Civil Veterinary Department. Central Provinces & Berar 1932-41 - 1932-1941
Year: 1932
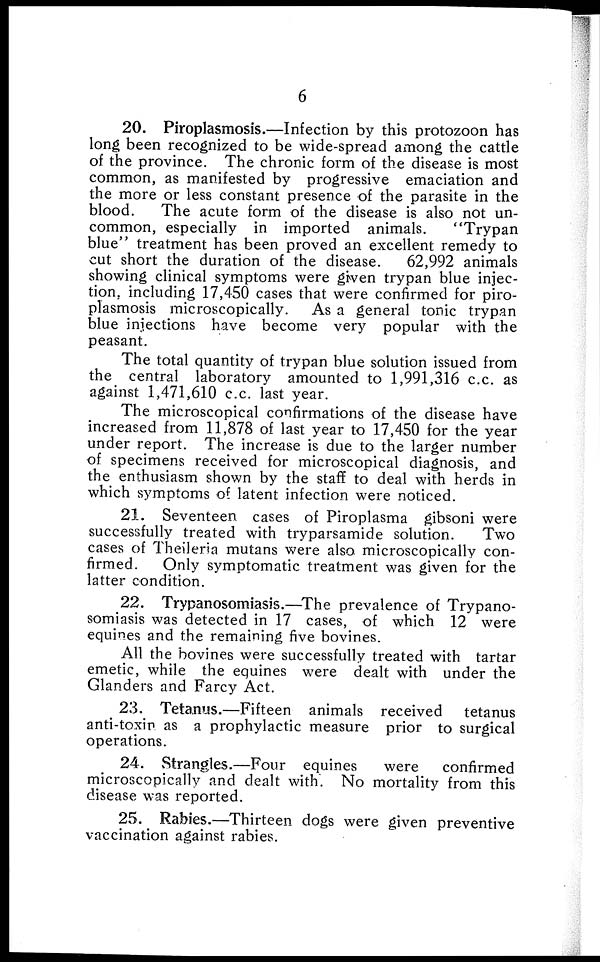
6
20. Piroplasmosis.—Infection by this protozoon has
long been recognized to be wide-spread among the cattle
of the province. The chronic form of the disease is most
common, as manifested by progressive emaciation and
the more or less constant presence of the parasite in the
blood.
The acute form of the disease is also not un-
common, especially in imported animals.
"Trypan
blue" treatment has been proved an excellent remedy to
cut short the duration of the disease.
62,992 animals
showing clinical symptoms were given trypan blue injec-
tion, including 17,450 cases that were confirmed for piro-
plasmosis microscopically. As a general tonic trypan
blue injections have become very popular with the
peasant.
The total quantity of trypan blue solution issued from
the central laboratory amounted to 1,991,316 c.c. as
against 1,471,610 c.c. last year.
The microscopical confirmations of the disease have
increased from 11,878 of last year to 17,450 for the year
under report. The increase is due to the larger number
of specimens received for microscopical diagnosis, and
the enthusiasm shown by the staff to deal with herds in
which symptoms of latent infection were noticed.
21. Seventeen cases of Piroplasma gibsoni were
successfully treated with tryparsamide solution.
Two
cases of Theileria mutans were also microscopically con-
firmed. Only symptomatic treatment was given for the
latter condition.
22. Trypanosomiasis.—The prevalence of Trypano-
somiasis was detected in 17 cases, of which 12 were
equines and the remaining five bovines.
All the bovines were successfully treated with tartar
emetic, while the equines were dealt with under the
Glanders and Farcy Act.
23. Tetanus.—Fifteen animals received tetanus
anti-toxin as a prophylactic measure prior to surgical
operations.
24. Strangles.—Four equines
were
confirmed
microscopically and dealt with. No mortality from this
disease was reported.
25. Rabies.—Thirteen dogs were given preventive
vaccination against rabies.